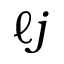
\ell j